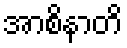
အာစိနာတိ